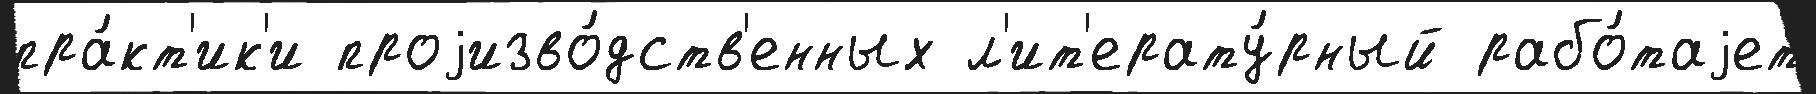
пра́кт'ик'и проjизво́дств'енных л'ит'ерату́рный рабо́таjет